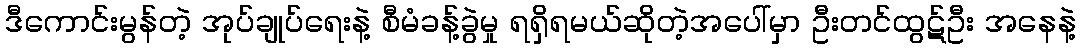
ဒီကောင်းမွန်တဲ့ အုပ်ချုပ်ရေးနဲ့ စီမံခန့်ခွဲမှု ရရှိရမယ်ဆိုတဲ့အပေါ်မှာ ဦးတင်ထွဋ်ဦး အနေနဲ့